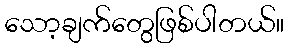
သော့ချက်တွေဖြစ်ပါတယ်။